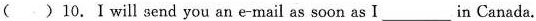
( ) 10.Ⅰ will send you an e-mail as soon as Iin Canada.